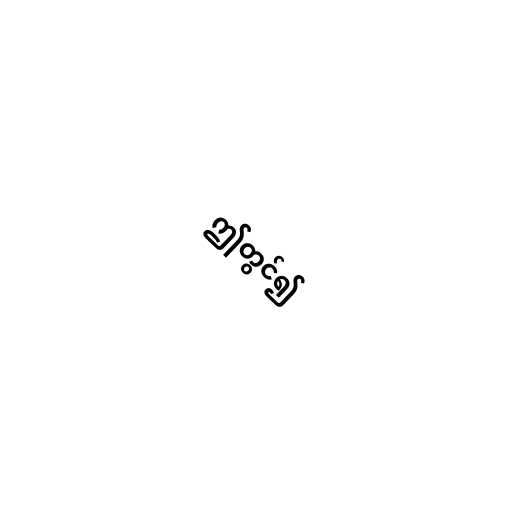
ဤတွင်၍